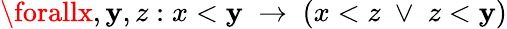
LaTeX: \forallx,\mathbf{y},z:x<\mathbf{y}\; \to\; (x<z\; \vee\; z<\mathbf{y})